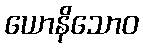
ယောနိသောဝ